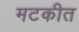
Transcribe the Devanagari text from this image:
मटकीत